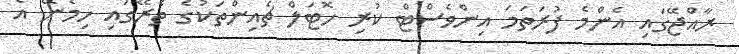
ރާއްޖޭގައި އެންމެ ފުރަތަމަ އިންވެސްޓް ކުރި ހޮޓަލް ޗެއިންތަކުގެ ތެރޭގައި ހިމެނޭ އެ